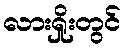
လားရှိုးတွင်